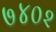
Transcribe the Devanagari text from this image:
७४०२